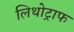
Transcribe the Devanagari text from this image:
लिथोट्राफ